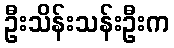
ဦးသိန်းသန်းဦးက